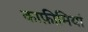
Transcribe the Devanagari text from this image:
काफ़ीमियां